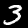
Digit: 3